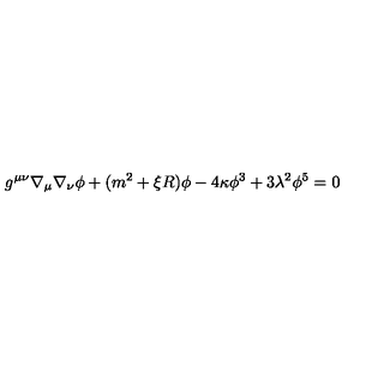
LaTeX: g ^ { \mu \nu } \nabla _ { \mu } \nabla _ { \nu } \phi + ( m ^ { 2 } + \xi R ) \phi - 4 \kappa \phi ^ { 3 } + 3 \lambda ^ { 2 } \phi ^ { 5 } = 0